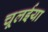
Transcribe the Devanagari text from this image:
चूलईया